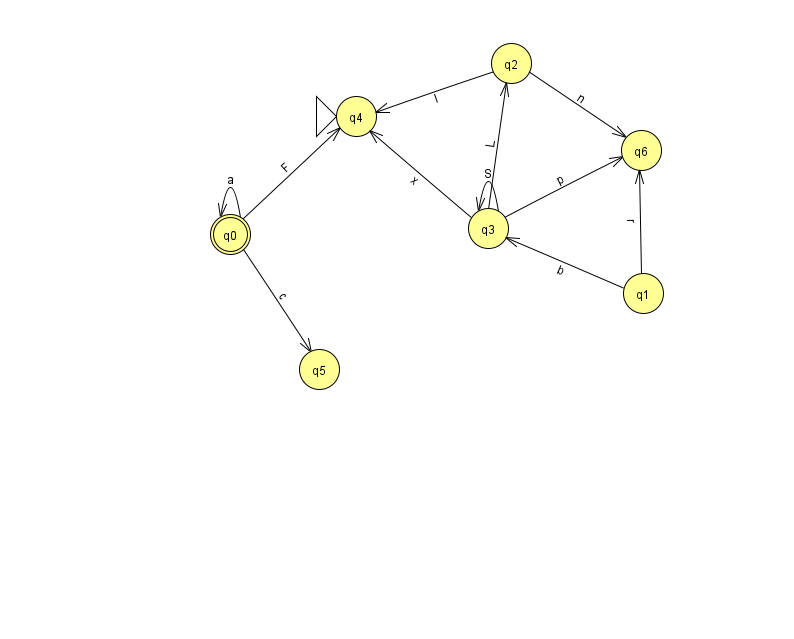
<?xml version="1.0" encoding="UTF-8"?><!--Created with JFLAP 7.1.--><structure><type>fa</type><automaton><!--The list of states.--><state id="0" name="q0"><x>230.0</x><y>221.0</y><final/></state><state id="1" name="q1"><x>643.0</x><y>280.0</y></state><state id="2" name="q2"><x>511.0</x><y>50.0</y></state><state id="3" name="q3"><x>488.0</x><y>215.0</y></state><state id="4" name="q4"><x>356.0</x><y>103.0</y><initial/></state><state id="5" name="q5"><x>319.0</x><y>356.0</y></state><state id="6" name="q6"><x>641.0</x><y>137.0</y></state><!--The list of transitions.--><transition><from>0</from><to>5</to><read>c</read></transition><transition><from>2</from><to>6</to><read>n</read></transition><transition><from>0</from><to>0</to><read>a</read></transition><transition><from>1</from><to>6</to><read>r</read></transition><transition><from>0</from><to>4</to><read>F</read></transition><transition><from>3</from><to>3</to><read>S</read></transition><transition><from>3</from><to>6</to><read>p</read></transition><transition><from>1</from><to>3</to><read>b</read></transition><transition><from>2</from><to>4</to><read>I</read></transition><transition><from>3</from><to>2</to><read>L</read></transition><transition><from>3</from><to>4</to><read>x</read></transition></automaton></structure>